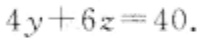
\(4y + 6z = 40\)